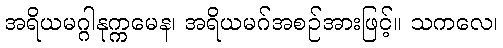
အရိယမဂ္ဂါနုက္ကမေန၊ အရိယမဂ်အစဉ်အားဖြင့်။ သကလေ၊